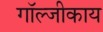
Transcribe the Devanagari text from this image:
गॉल्जीकाय